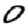
Digit: 0